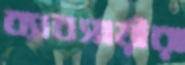
ব্যাবসায়ীরা